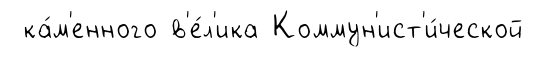
ка́м'енного в'е́л'ика Коммун'ист'и́ческой